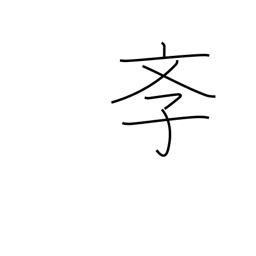
Meaning: school